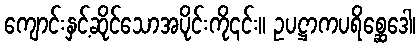
ကျောင်းနှင့်ဆိုင်သောအပိုင်းကို၎င်း။ ဥပဋ္ဌာကပရိစ္ဆေဒေါ၊